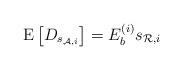
LaTeX: \begin{align*}{\rm E}\left[ D_{s_{\mathcal{A},i} } \right] = E_b^{(i)} s_{\mathcal{R},i}\end{align*}